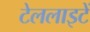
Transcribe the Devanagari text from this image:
टेललाइटें